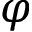
\varphi